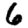
Digit: 6